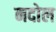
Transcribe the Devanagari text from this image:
नदोल